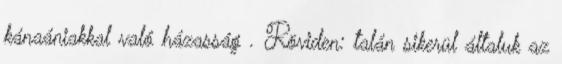
kánaániakkal való házasság . Röviden: talán sikerül általuk az